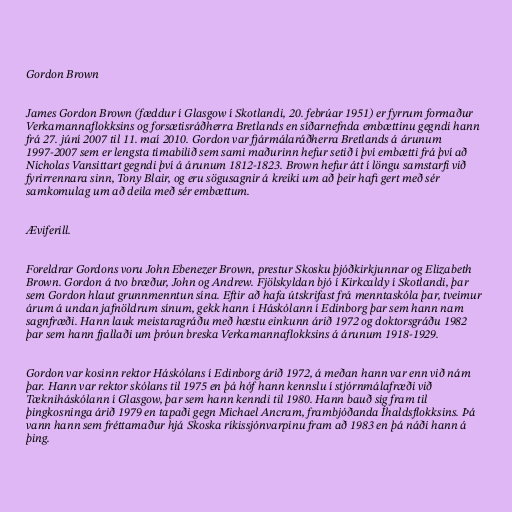
Gordon Brown

James Gordon Brown (fæddur í Glasgow í Skotlandi, 20. febrúar 1951) er fyrrum formaður
Verkamannaflokksins og forsætisráðherra Bretlands en síðarnefnda embættinu gegndi hann
frá 27. júní 2007 til 11. maí 2010. Gordon var fjármálaráðherra Bretlands á árunum
1997-2007 sem er lengsta tímabilið sem sami maðurinn hefur setið í því embætti frá því að
Nicholas Vansittart gegndi því á árunum 1812-1823. Brown hefur átt í löngu samstarfi við
fyrirrennara sinn, Tony Blair, og eru sögusagnir á kreiki um að þeir hafi gert með sér
samkomulag um að deila með sér embættum.

Æviferill.

Foreldrar Gordons voru John Ebenezer Brown, prestur Skosku þjóðkirkjunnar og Elizabeth
Brown. Gordon á tvo bræður, John og Andrew. Fjölskyldan bjó í Kirkcaldy í Skotlandi, þar
sem Gordon hlaut grunnmenntun sína. Eftir að hafa útskrifast frá menntaskóla þar, tveimur
árum á undan jafnöldrum sínum, gekk hann í Háskólann í Edinborg þar sem hann nam
sagnfræði. Hann lauk meistaragráðu með hæstu einkunn árið 1972 og doktorsgráðu 1982
þar sem hann fjallaði um þróun breska Verkamannaflokksins á árunum 1918-1929.

Gordon var kosinn rektor Háskólans í Edinborg árið 1972, á meðan hann var enn við nám
þar. Hann var rektor skólans til 1975 en þá hóf hann kennslu í stjórnmálafræði við
Tækniháskólann í Glasgow, þar sem hann kenndi til 1980. Hann bauð sig fram til
þingkosninga árið 1979 en tapaði gegn Michael Ancram, frambjóðanda Íhaldsflokksins. Þá
vann hann sem fréttamaður hjá Skoska ríkissjónvarpinu fram að 1983 en þá náði hann á
þing.